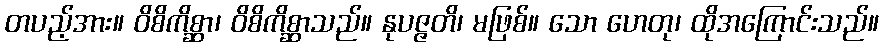
တပည့်အား။ ဝိစိကိစ္ဆာ၊ ဝိစိကိစ္ဆာသည်။ နုပဇ္ဇတိ၊ မဖြစ်။ သော ဟေတု၊ ထိုအကြောင်းသည်။